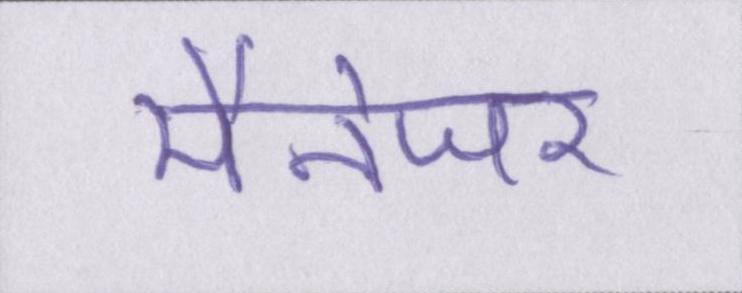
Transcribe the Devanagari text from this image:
मैनेजर